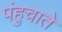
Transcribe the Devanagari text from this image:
पंहुचाते